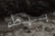
ببطء